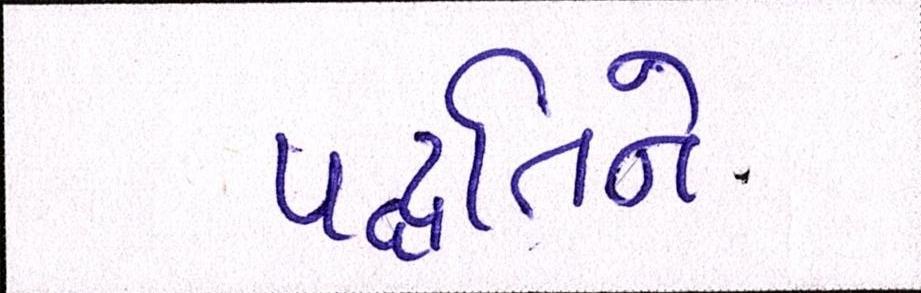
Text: પદ્ધતિને